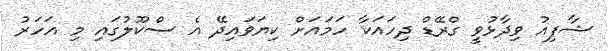
ޝާފިއު ވިދާޅުވީ ގްރޭޑް ދިހައަކާ ހަމައަށް ކިޔަވައިދޭ އެ ސްކޫލުގައި މި އަހަރު